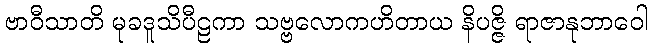
ဗာဝီသာတိ မုခဒူသိပီဠကာ သဗ္ဗလောကဟိတာယ နိပဇ္ဇိ ရာဇာနုဘာဝေါ